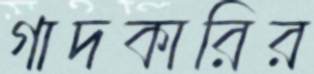
গাদকারির